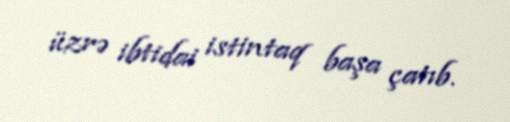
üzrə ibtidai istintaq başa çatıb.